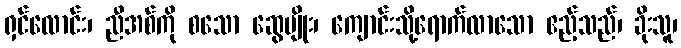
ရှင်လောင်း၊ ညီအစ်ကို စသော ဆွေမျိုး၊ ကျောင်းသို့ရောက်လာသော ဧည့်သည်၊ ခိုးသူ၊